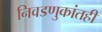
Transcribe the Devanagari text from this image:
निवडणुकांतही